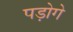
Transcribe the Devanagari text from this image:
पड़ोगे